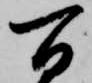
百